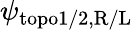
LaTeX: \psi_{\mathrm{topo1/2,R/L}}